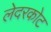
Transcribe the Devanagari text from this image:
लेदरकोट